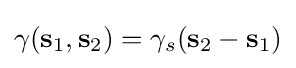
\gamma (\mathbf {s} _{1},\mathbf {s} _{2})=\gamma _{s}(\mathbf {s} _{2}-\mathbf {s} _{1})